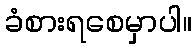
ခံစားရစေမှာပါ။